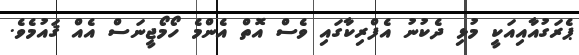
ޕެރަގުއާއިއަކީ މުޅި ދެކުނު އެފްރިކާގައި ވެސް އޮތް އެންމެ ހޯމޯޖީނަސް އެއް ޤައުމެވެ.